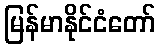
မြန်မာနိုင်ငံတော်